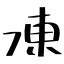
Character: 凍